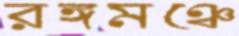
রঙ্গমঞ্চে